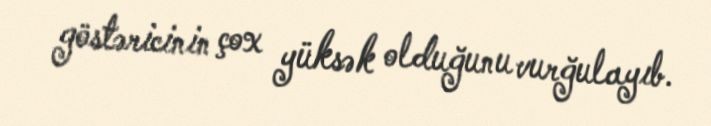
göstəricinin çox yüksək olduğunu vurğulayıb.